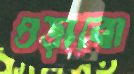
ওড়াবো